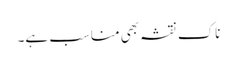
ناک نقشہ بھی مناسب ہے۔